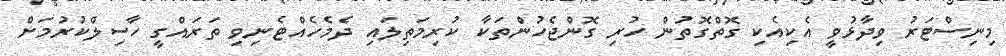
މިނިސްޓަރު ވިދާޅުވީ އެކިއެކި ގޮތްގޮތުން ހުރި ގޮންޖެހުންތަކާ ކުރިމަތިލައި ދެމެހެއްޓެނިވި ތަރައްގީ ހާސިލްކުރުމަށް